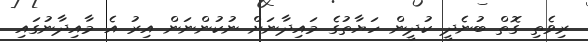
ރިވެތި ގޮތް ބުނެދީ ކުދީން ހަޔާތުގެ މައިދާނަށް ނުކުންނަން އިރު އެ މާއިދާނުގައި